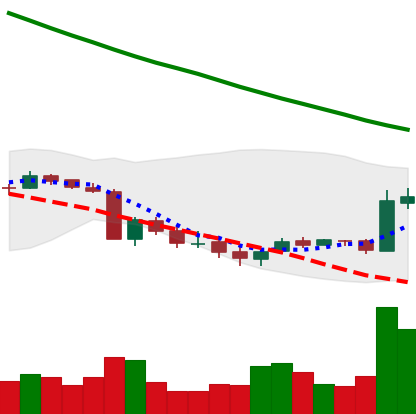
Ticker: XRP-USD
Chart end date: 2018-09-19
Forward return: 51.728%
Label: up_7plus